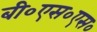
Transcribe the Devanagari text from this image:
बी०एस०एस०